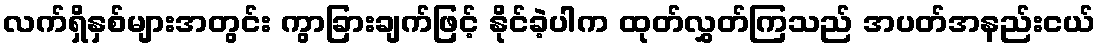
လက်ရှိနှစ်များအတွင်း ကွာခြားချက်ဖြင့် နိုင်ခဲ့ပါက ထုတ်လွှတ်ကြသည် အပတ်အနည်းငယ်